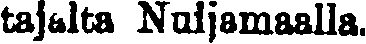
tajalta Nuijamaalla.